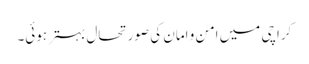
کراچی میں امن و امان کی صورتحال بہتر ہوئی۔